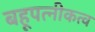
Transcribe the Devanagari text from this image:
बहूपत्नीकत्व